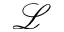
\mathcal { L }